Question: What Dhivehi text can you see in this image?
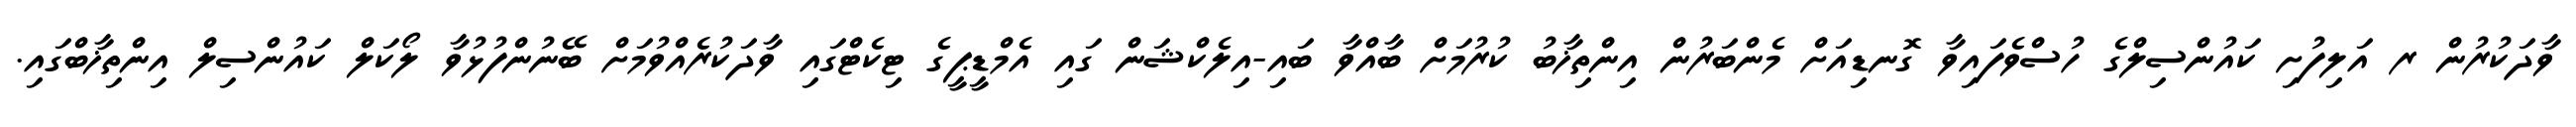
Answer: ވާދަކުރުން ރ އަލިފުށި ކައުންސިލްގެ ހުސްވެފައިވާ ގޮނޑިއަށް މެންބަރުން އިންތިޚާބު ކުރުމަށް ބާއްވާ ބައި-އިލެކްޝަން ގައި އެމްޑީޕީގެ ޓިކެޓްގައި ވާދަކުރެއްވުމަށް ބޭނުންފުޅުވާ ލޯކަލް ކައުންސިލް އިންތިޚާބްގައި.